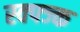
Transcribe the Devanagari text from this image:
स्क्फ्ज्क